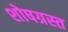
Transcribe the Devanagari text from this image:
शोषग्रस्‍त